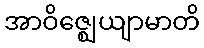
အာဝိဇ္ဈေယျာမာတိ